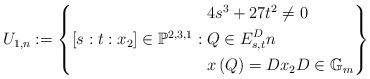
\begin{align*} U_{1,n}:=\left\{[s:t:x_{2}]\in \mathbb{P}^{2,3,1}:\begin{aligned} & 4s^{3}+27t^{2}\ne 0 \\ & Q\in E_{s,t}^{D} n \\ & x\left(Q\right)=Dx_{2}D\in \mathbb{G}_{m} \end{aligned}\right\}\end{align*}